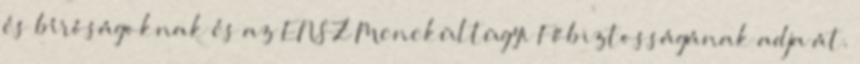
és bíróságoknak és az ENSZ Menekültügyi Főbiztosságának adja át.